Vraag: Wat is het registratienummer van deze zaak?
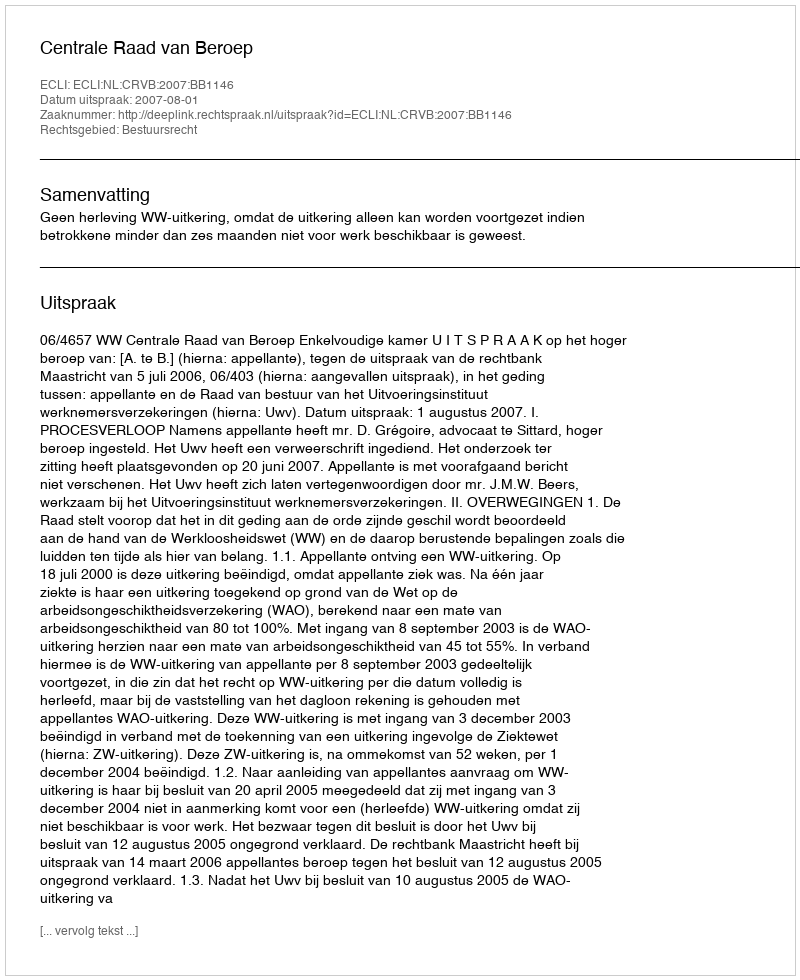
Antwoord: http://deeplink.rechtspraak.nl/uitspraak?id=ECLI:NL:CRVB:2007:BB1146